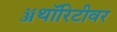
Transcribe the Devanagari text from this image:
ॲथॉरिटीवर